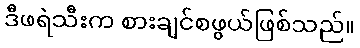
ဒီဖရဲသီးက စားချင်စဖွယ်ဖြစ်သည်။